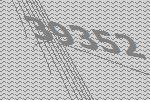
39352